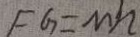
F G = M h